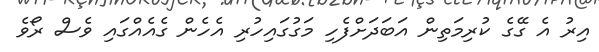
އިރު އެ ގޭގެ ކުރިމަތިން އަބަދަށްފެހި މަގުގައިހުރި އެހެން ގެއެއްގައި ވެސް ރޯވެ